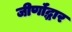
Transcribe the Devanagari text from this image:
जीर्णॉद्धार